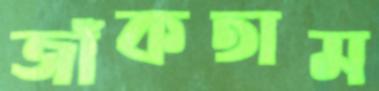
জাঁকতাম